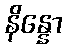
နိန္နော